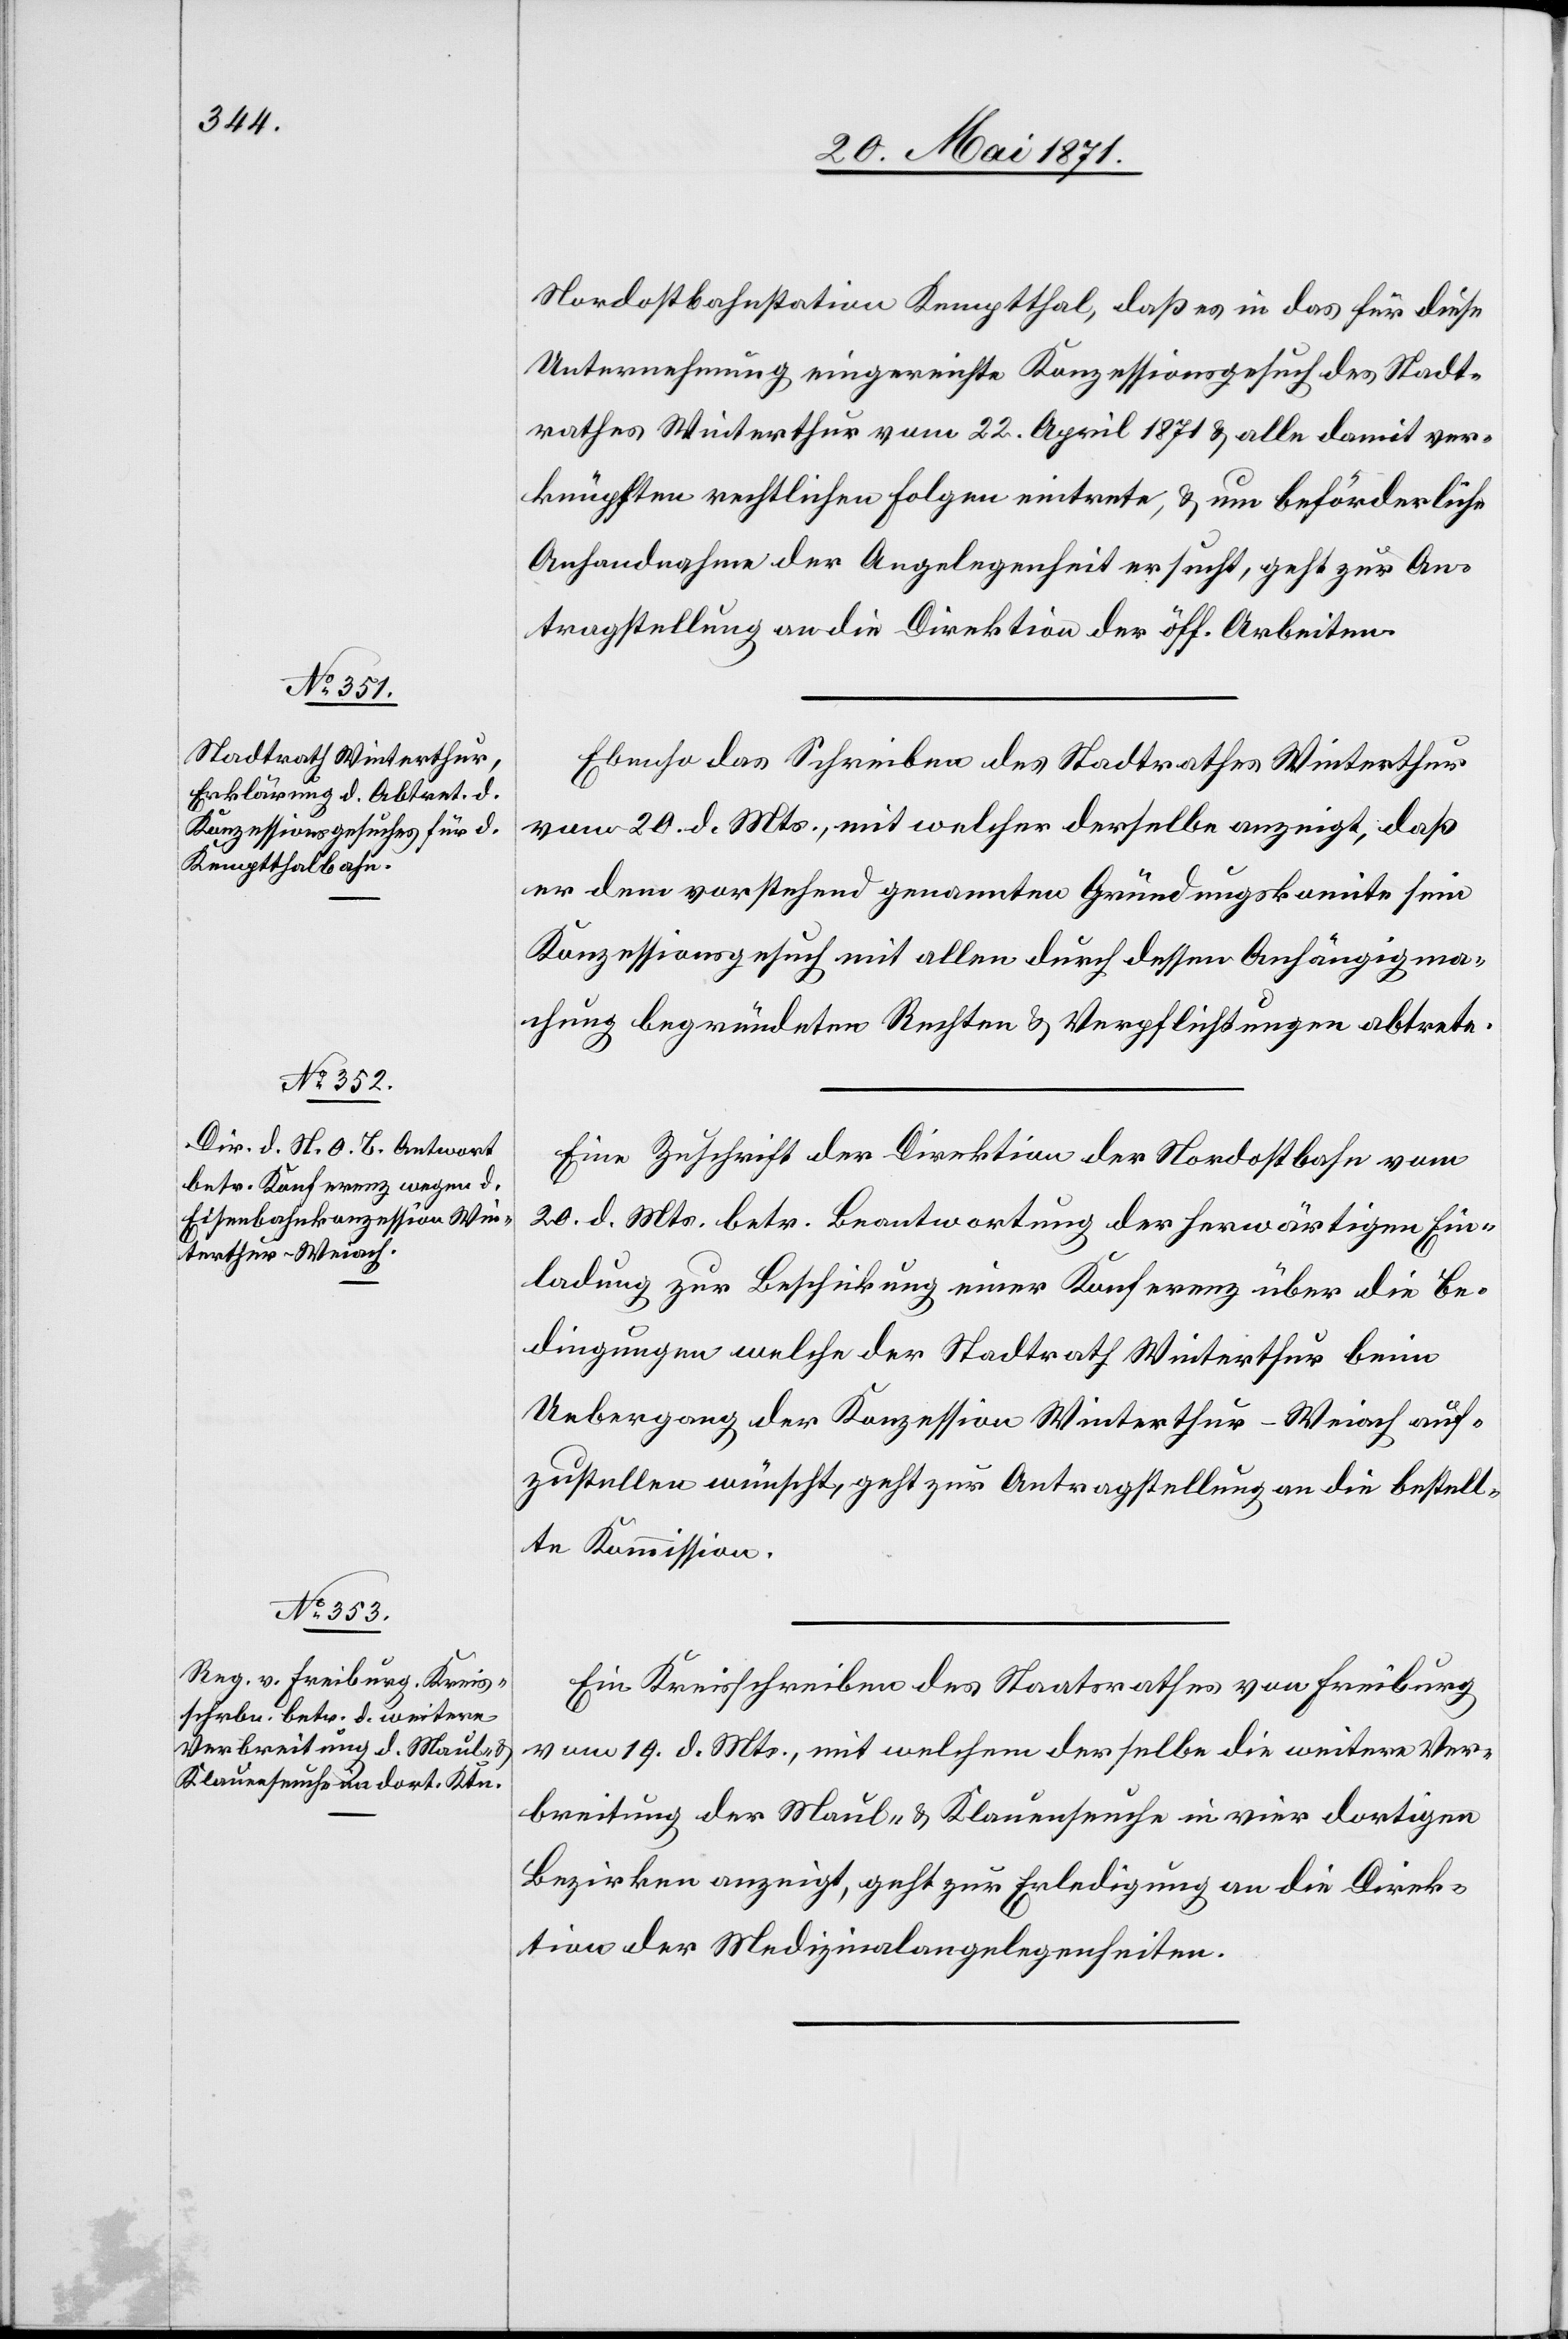
22. Mai 1871.]
Nordostbahnstation Kemptthal, daß es in das für diese
Unternehmung eingereichte Konzessionsgesuch des Stadt¬
rathes Winterthur vom 22. April 1871 u. alle damit ver¬
knüpften rechtlichen Folgen eintrete, u. um beförderliche
Anhandnahme der Angelegenheit ersucht, geht zur An¬
tragstellung an die Direktion der öff. Arbeiten.
Ebenso das Schreiben des Stadtrathes Winterthur
vom 20. d. Mts., mit welcher derselbe anzeigt, daß
er dem vorstehend genannten Gründungskomite sein
Konzessionsgesuch mit allen durch dessen Anhängigma¬
chung begründeten Rechten u. Verpflichtungen abtrete.
Eine Zuschrift der Direktion der Nordostbahn vom
20. d. Mts. betr. Beantwortung der herwärtigen Ein¬
ladung zur Beschickung einer Konferenz über die Be¬
dingungen welche der Stadtrath Winterthur beim
Uebergang der Konzession Winterthur-Weiach auf¬
zustellen wünscht, geht zur Antragstellung an die bestell¬
te Kommission.
Ein Kreisschreiben des Staatsrathes von Freiburg
vom 19. d. Mts., mit welchem derselbe die weitere Ver¬
breitung der Maul- u. Klauenseuche in vier dortigen
Bezirken anzeigt, geht zur Erledigung an die Direk¬
tion der Medizinalangelegenheiten.